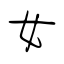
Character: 女